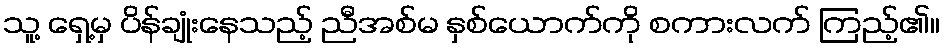
သူ့ ရှေ့မှ ပိန်ချုံးနေသည့် ညီအစ်မ နှစ်ယောက်ကို စကားလက် ကြည့်၏။